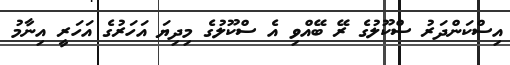
އިސްކަންދަރު ސްކޫލުގެ ރޭ ބޭއްވި އެ ސްކޫލުގެ މިދިޔަ އަހަރުގެ އަހަރީ އިނާމު